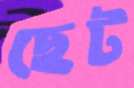
ছেট